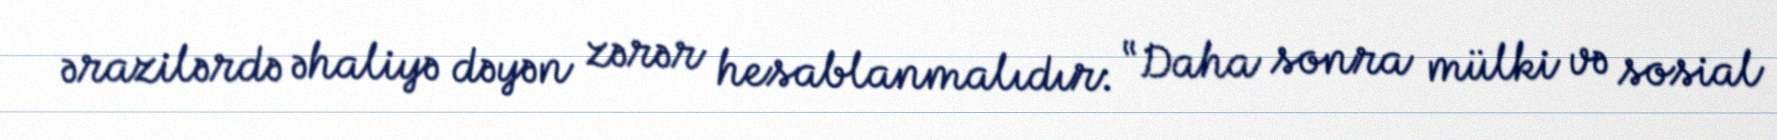
ərazilərdə əhaliyə dəyən zərər hesablanmalıdır: “Daha sonra mülki və sosial